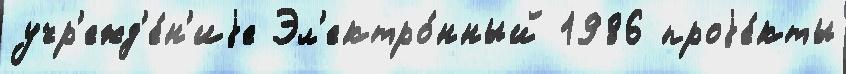
учр'ежд'е́н'иjе Эл'ектро́нный 1986 проjе́кты